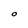
Character: O